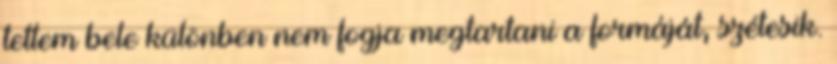
tettem bele különben nem fogja megtartani a formáját, szétesik.